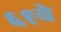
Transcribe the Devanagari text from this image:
६१वे